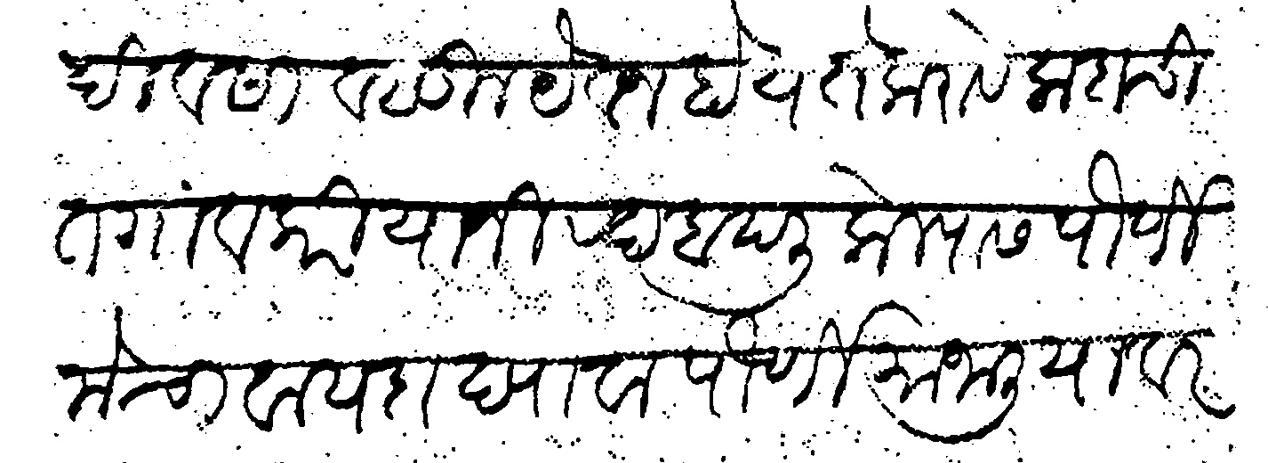
Transliteration (Devanagari): दिवसा वसूल येवज होय ते करावे कदाचित गावकरी यानी रदबदली केल्यास पौर्णिमेचा वायदा द्यावा पौर्णिमा जालीयावर